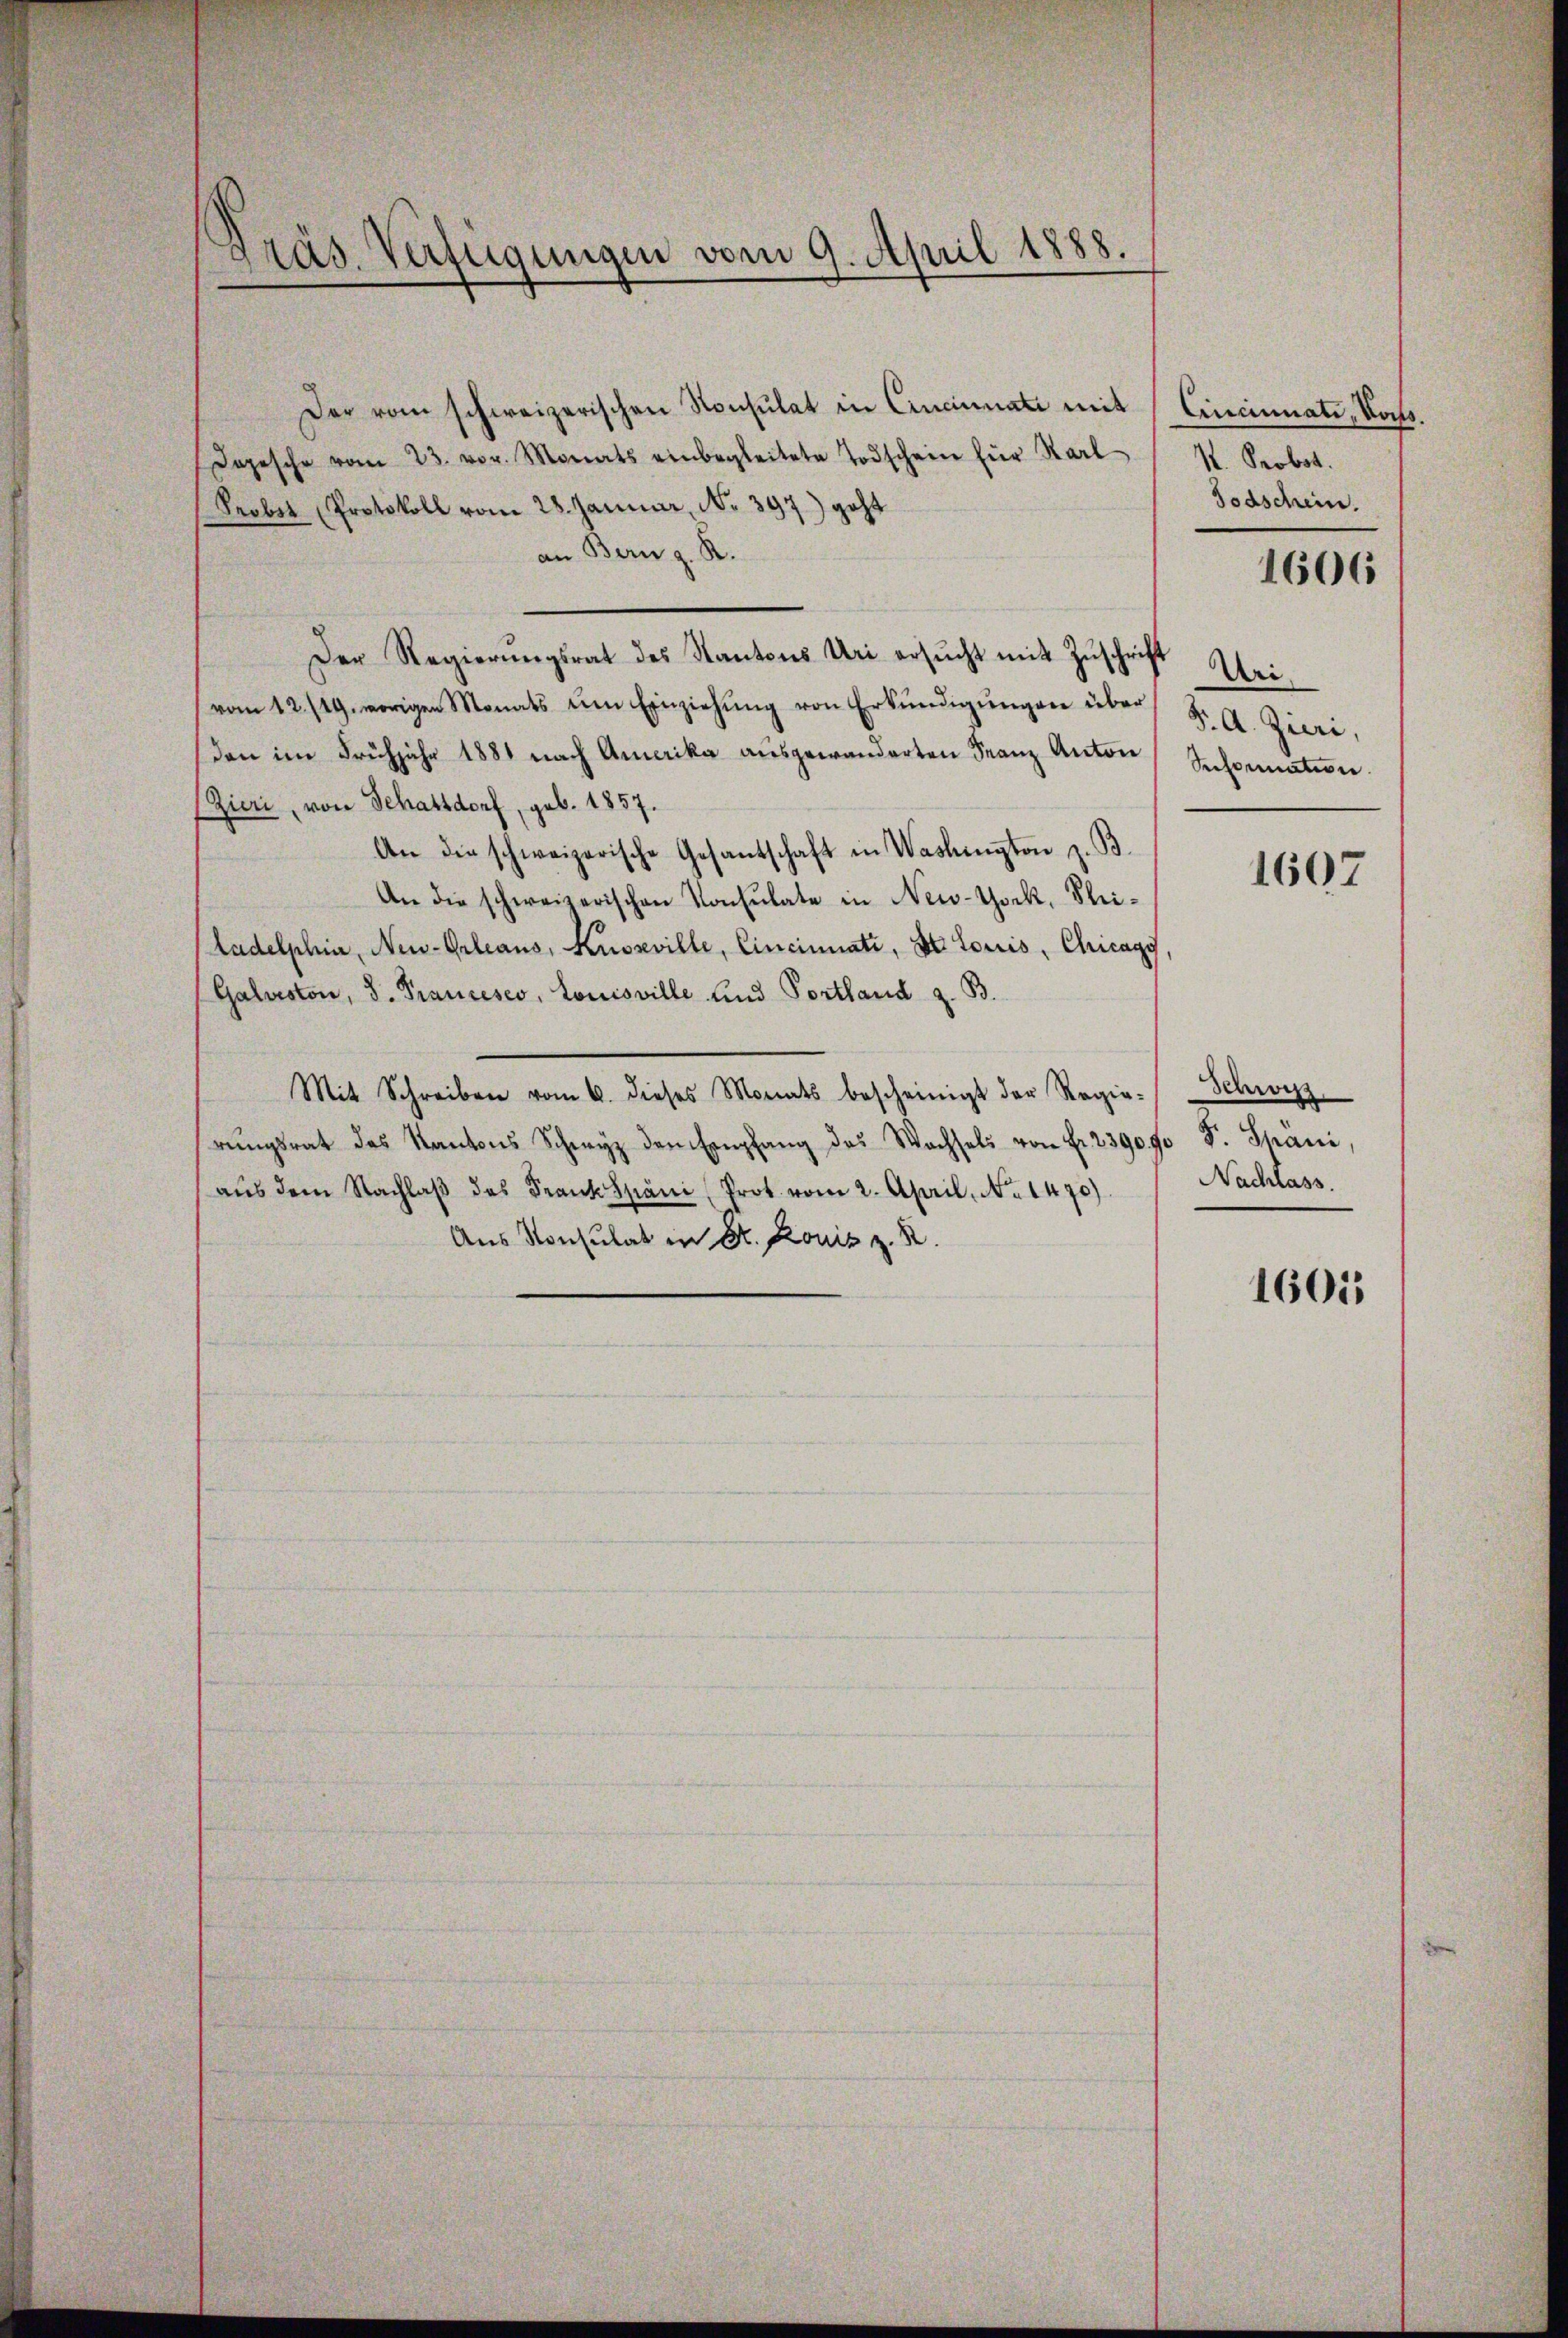
gräs. Verfügungen vom 9. April 1888.

Der vom schweizerischen Konsulat in Cincinati mit Cincinnate, Korps.
Depesche vom 23. vor. Monats einbegleitete Todschein für Karl-
Probst Protokoll vom 28. Januar, No. 397.) geht
an Bern z. R.
Der Regierŭngsrat des Kantons Uri ersŭcht mit Zŭschrift Wei-
vom 12./19. vorigen Monats ŭm Einziehŭng von Erkŭndigŭngen über K. A. Zieri,
den im Frühjahr 1881 nach Amerika ausgewanderten Franz Anton
(Zieri, von Schattdorf, geb. 1857.
An die schweizerische Gesantschaft in Washington z. B.
An die schweizerischen Konsulate in New-York, Theitadelphia, New-Orleans, Kussville, Cincinuati, St. Loriis, Chicagy,
Galuston, d. Trancesco, Louisville und Portland z. B.
Mit Schreiben vom 6. dieses Monats bescheinigt der Regie-
rŭngsrat des Kantons Schwyz den Empfang des Wachsels von Fr. 2390 f. F. Späni,
aŭs dem Nachlaβ des Frank Spani (Prot. vom 2. April, No 1470).
Aus Konsulat in Dr. Konis z. B.

K. Probot.
Todschein.

1606

Sreformation.

1607

Schwerz
Nachlass.

1601